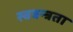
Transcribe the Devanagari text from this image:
स्वत्रन्त्रता